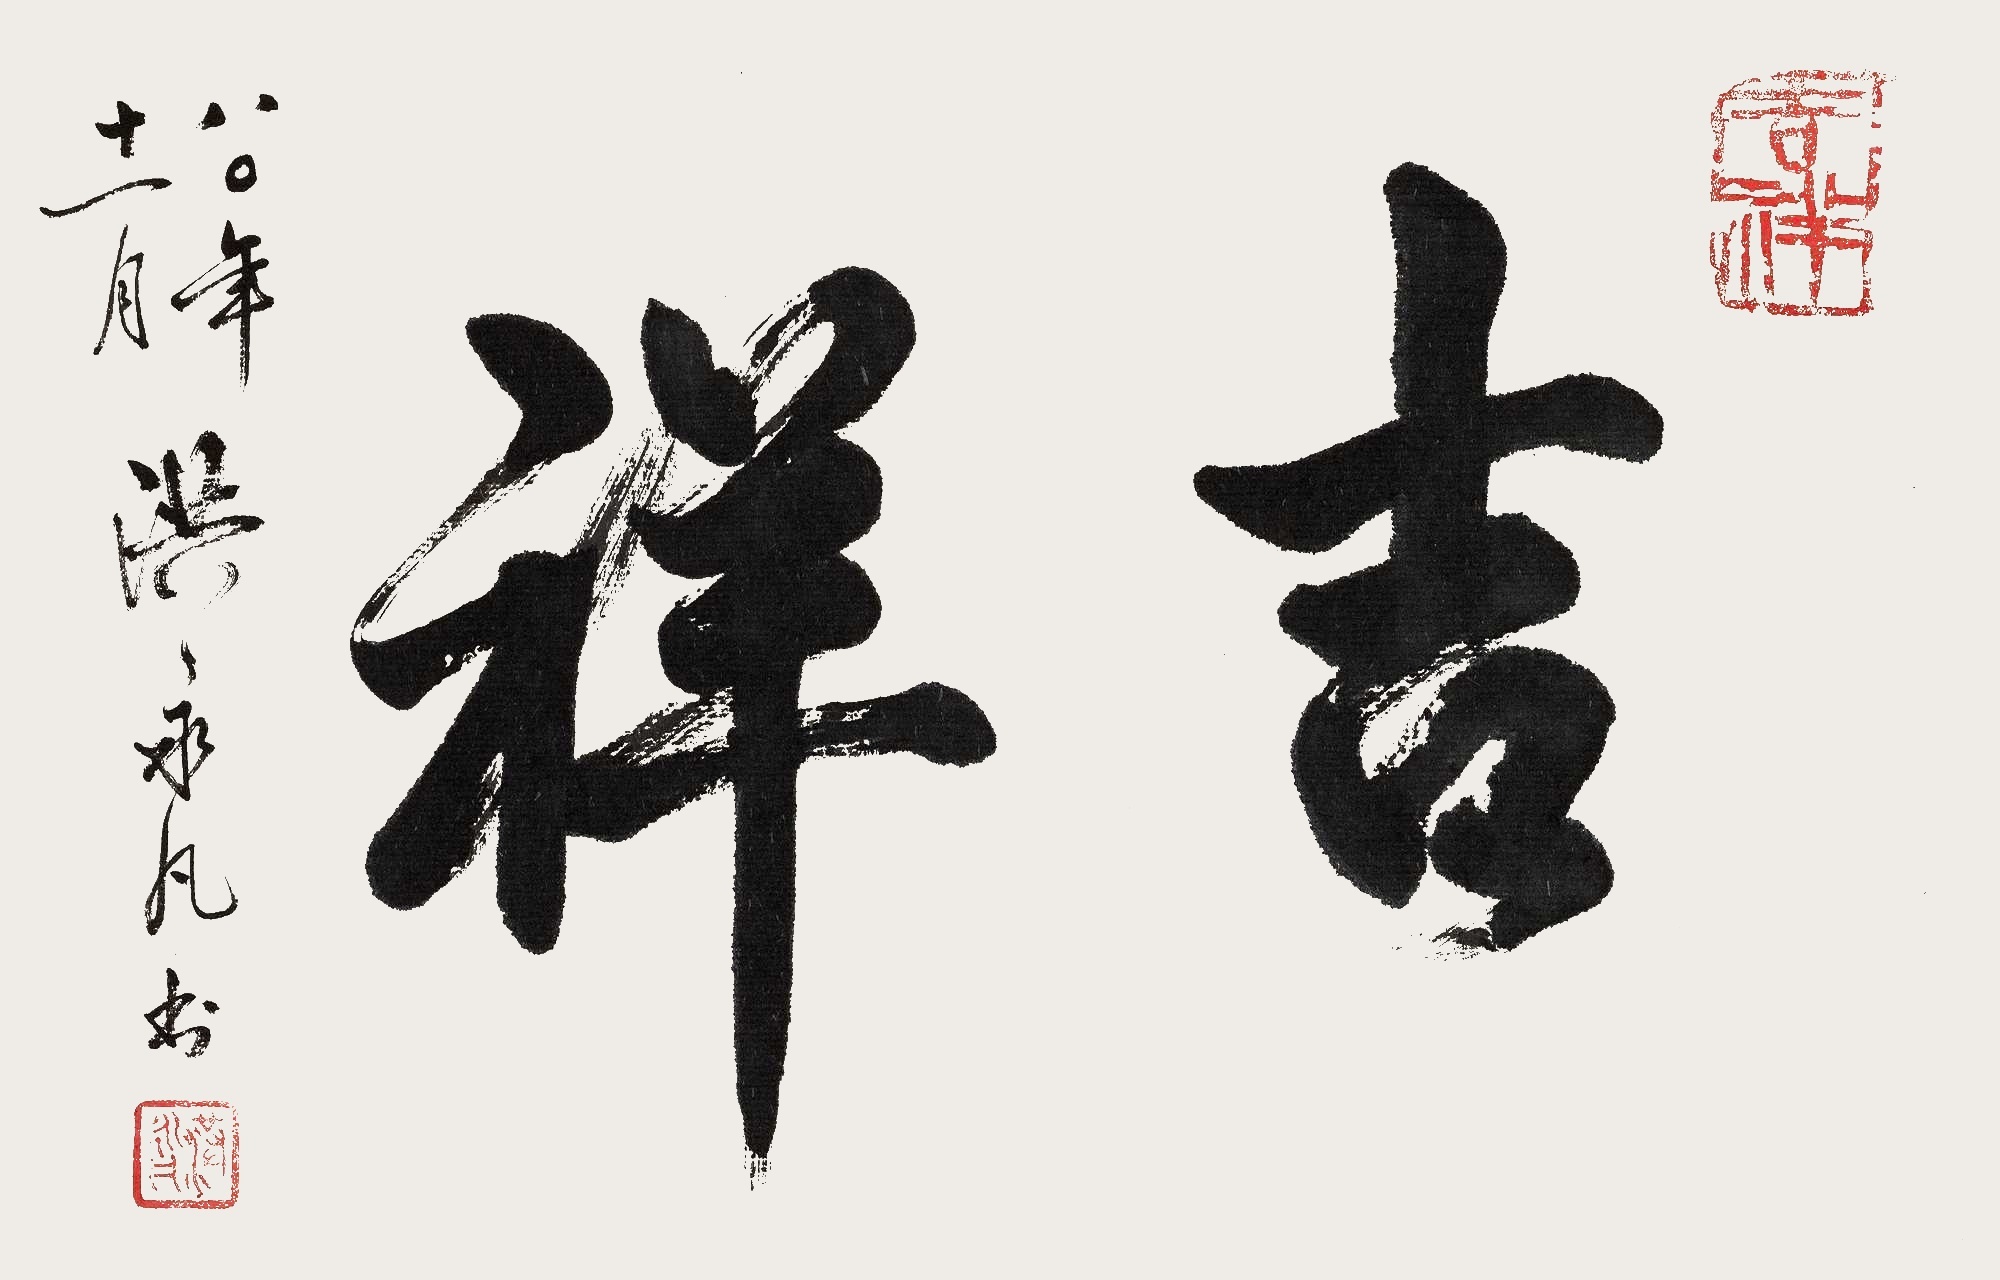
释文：吉祥八〇年十一月，洪永凡书。